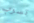
تسرب